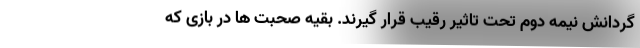
گردانش نیمه دوم تحت تاثیر رقیب قرار گیرند. بقیه صحبت ها در بازی که